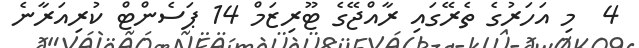
4  މި އަހަރުގެ ތެރޭގައި ރާއްޖޭގެ ޓޫރިޒަމް 14 ޕަސެންޓް ކުރިއަރާނެ